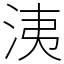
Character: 洟